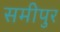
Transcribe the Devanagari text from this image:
समीपुर